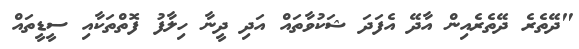
"ދޭތެރެ ދޭތެރެއިން އާދޭ އެފަދަ ޝަކުވާތައް އަދި ދީނާ ހިލާފު ފޮތްތަކާއި ސީޑީތައް